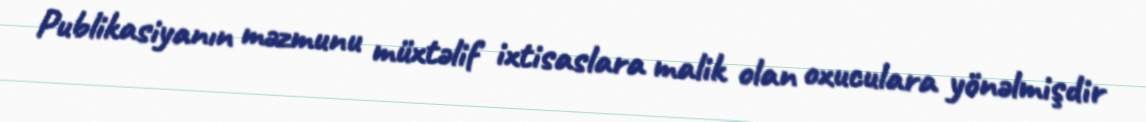
Publikasiyanın məzmunu müxtəlif ixtisaslara malik olan oxuculara yönəlmişdir